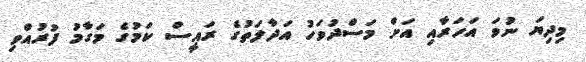
މިދިޔަ ނުވަ އަހަރާއި އަށް މަސްދުވަހު އަދާލަތުގެ ރައީސް ކަމުގެ މަގާމު ފުރުއްވި